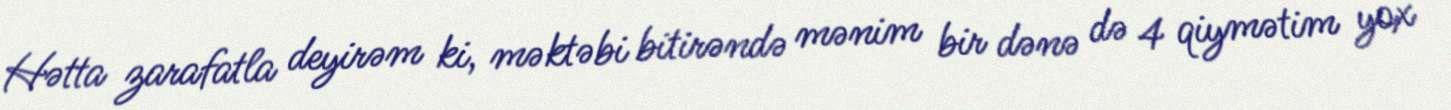
Hətta zarafatla deyirəm ki, məktəbi bitirəndə mənim bir dənə də 4 qiymətim yox